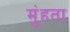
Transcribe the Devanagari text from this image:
मुंहता